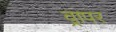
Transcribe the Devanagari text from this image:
व्रापर